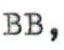
BB,